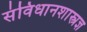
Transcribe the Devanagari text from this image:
संविधानशास्त्रज्ञ